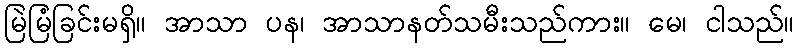
မြဲမြံခြင်းမရှိ။ အာသာ ပန၊ အာသာနတ်သမီးသည်ကား။ မေ၊ ငါသည်။